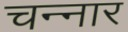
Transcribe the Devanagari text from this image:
चन्नार